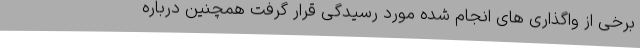
برخی از واگذاری های انجام شده مورد رسیدگی قرار گرفت همچنین درباره